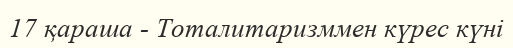
17 қараша - Тоталитаризммен күрес күні